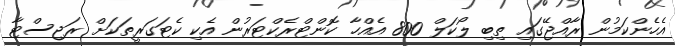
އެހެންކަމުން ރާއްޖޭގައި ތިބި ލޯކަލް 800 އެއްހާ ކޮންޓްރެކްޓަރުން އެކި ކެޓަގަރީތަކަށް ރަޖިސްޓާ